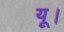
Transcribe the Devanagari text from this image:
यू।